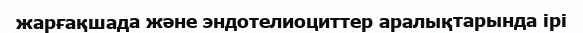
жарғақшада және эндотелиоциттер аралықтарында ірі